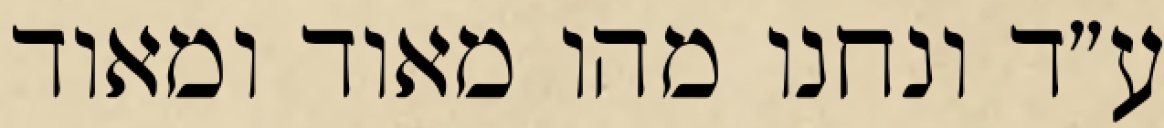
ע״ד ונחנו מהו מאוד ומאוד